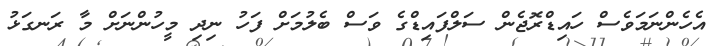
އެހެންނަމަވެސް ހައިޑްރޮޖެން ސަލްފައިޑްގެ ވަސް ބެލުމަށް ފަހު ނިދި މީހުންނަށް މާ ރަނގަޅު